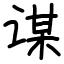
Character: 谋